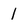
Character: l